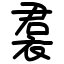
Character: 裠